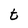
Character: t